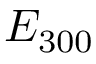
{ E _ { 3 0 0 } }